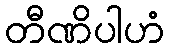
တီဏိပါဟံ